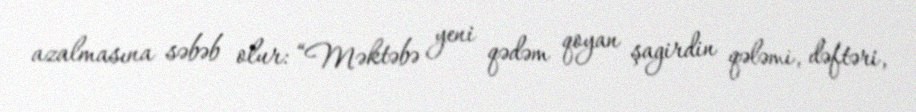
azalmasına səbəb olur: “Məktəbə yeni qədəm qoyan şagirdin qələmi, dəftəri,